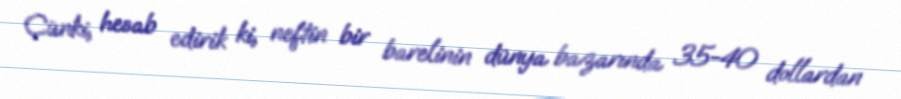
Çünki, hesab edirik ki, neftin bir barelinin dünya bazarında 35-40 dollardan